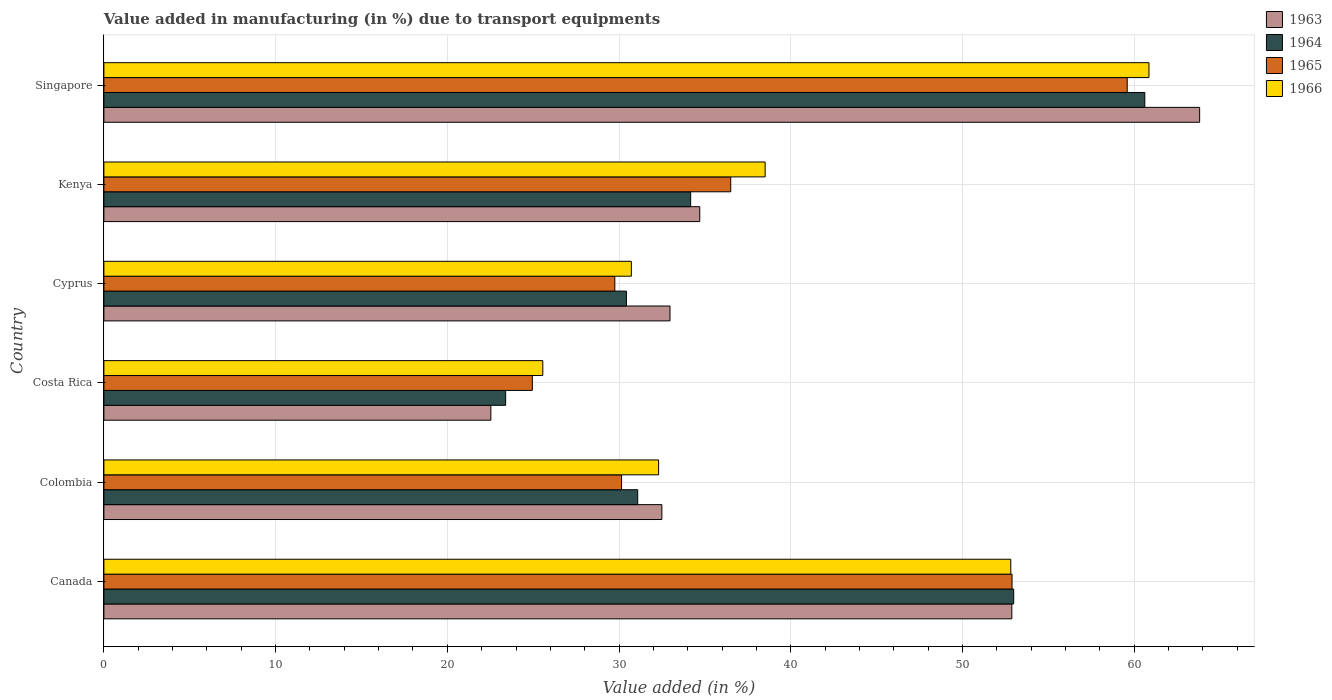
| Country | 1963 | 1964 | 1965 | 1966 |
 | --- | --- | --- | --- | --- |
 | Canada | 52.9 | 53 | 52.9 | 52.8 |
 | Colombia | 32.5 | 31.1 | 30.1 | 32.3 |
 | Costa Rica | 22.5 | 23.4 | 25 | 25.6 |
 | Cyprus | 33 | 30.4 | 29.8 | 30.7 |
 | Kenya | 34.7 | 34.2 | 36.5 | 38.5 |
 | Singapore | 63.8 | 60.6 | 59.6 | 60.9 |